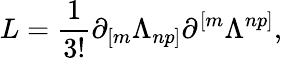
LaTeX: L={\frac{1}{3!}}\partial_{[m}\Lambda_{np]}\partial^{[m}\Lambda^{np]},